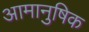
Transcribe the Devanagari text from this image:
आमानुषिक